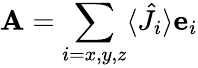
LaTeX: {\mathbf A}=\sum_{i=x,y,z}\langle\hat{J}_{i}\rangle{\mathbf e}_{i}